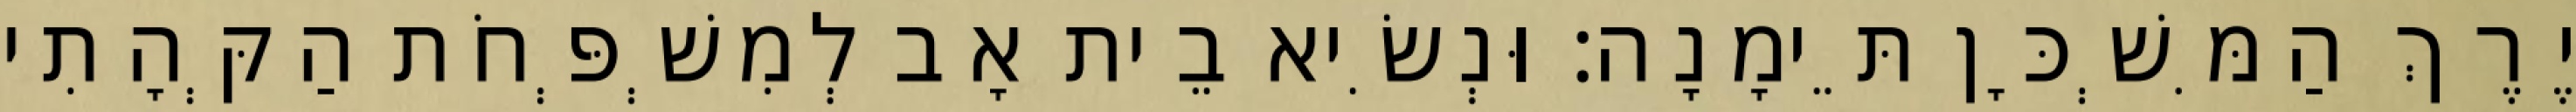
יֶרֶךְ הַמִּשְׁכָּן תֵּימָנָה׃ וּנְשִׂיא בֵית אָב לְמִשְׁפְּחֹת הַקְּהָתִי